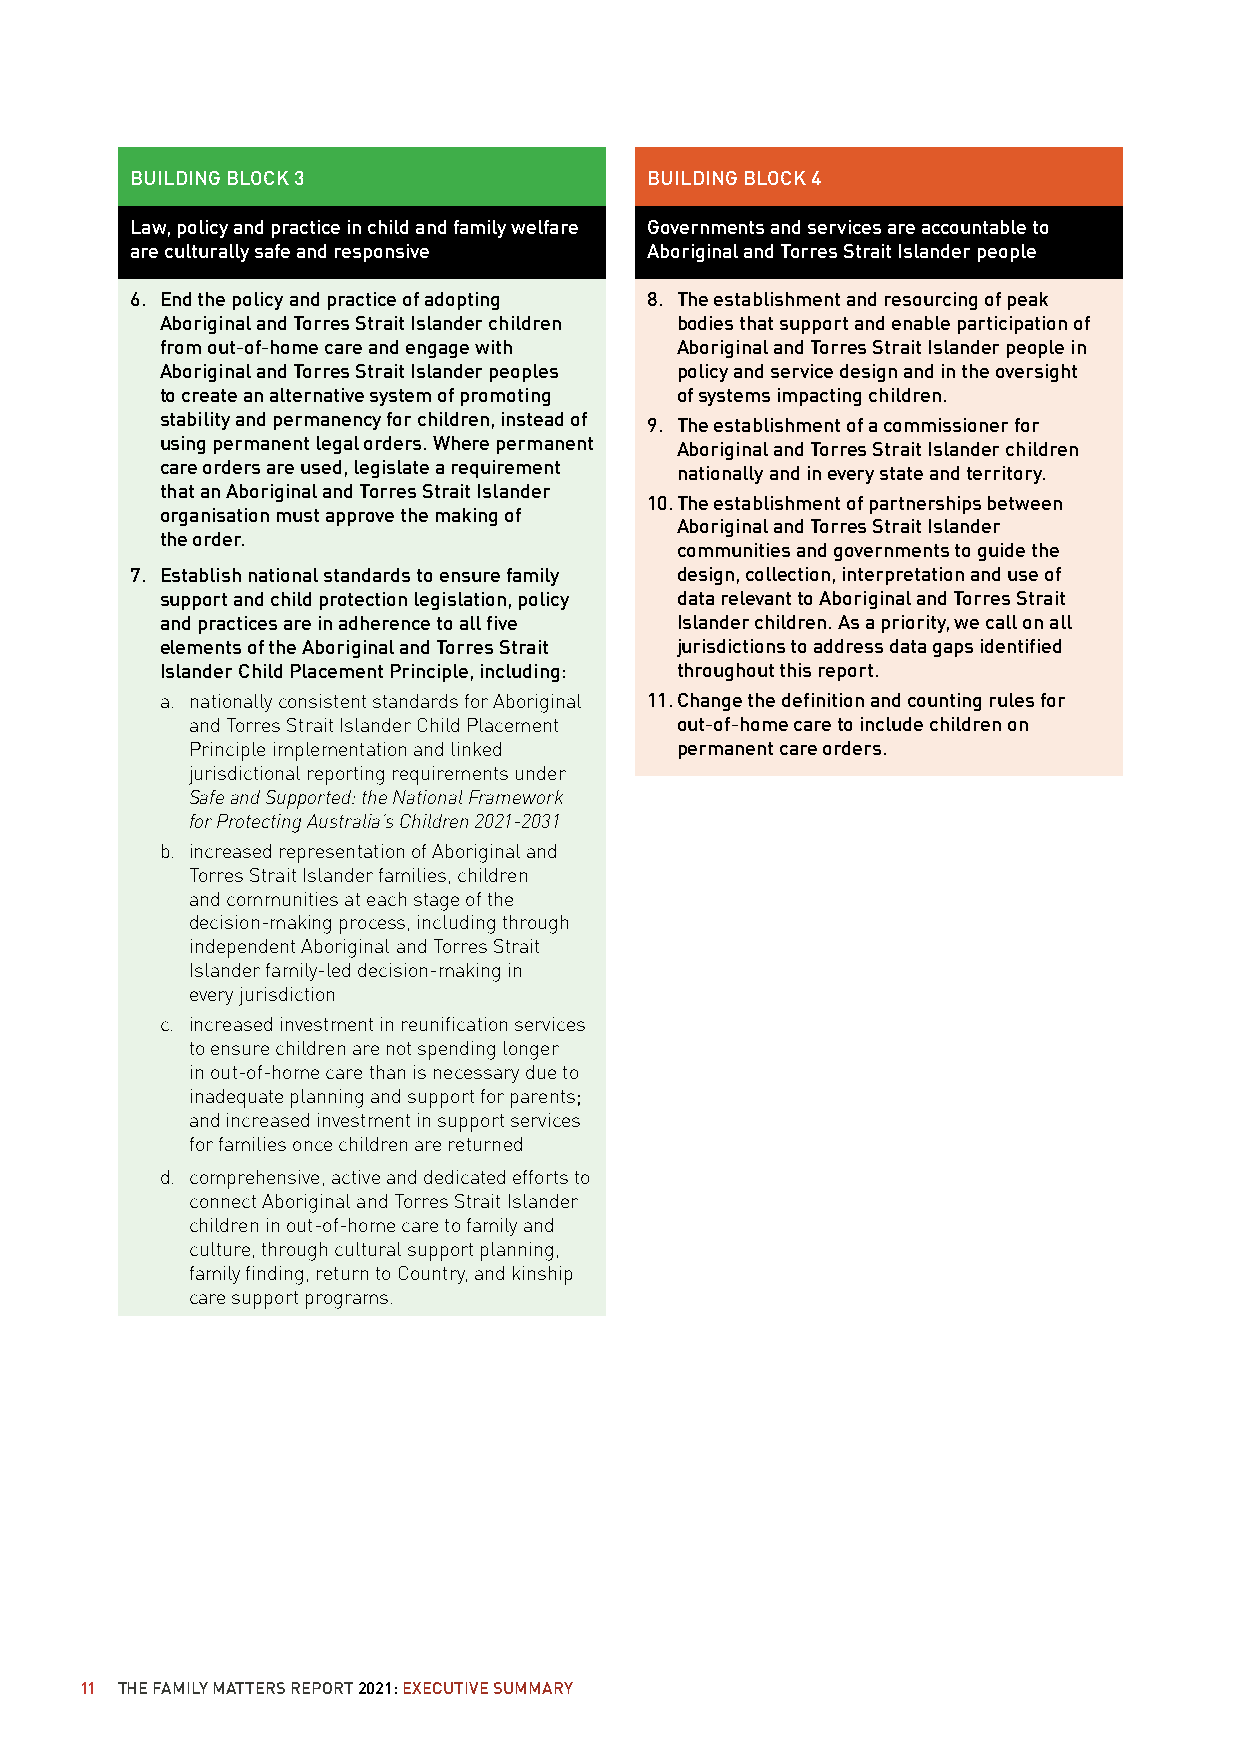
BUILDING BLOCK 3                  BUILDING BLOCK 4
 Law, policy and practice in child and family welfare Governments and services are accountable to
 are culturally safe and responsive Aboriginal and Torres Strait Islander people
 6. End the policy and practice of adopting 8. The establishment and resourcing of peak
 Aboriginal and Torres Strait Islander children bodies that support and enable participation of
 from out-of-home care and engage with Aboriginal and Torres Strait Islander people in
 Aboriginal and Torres Strait Islander peoples policy and service design and in the oversight
 to create an alternative system of promoting of systems impacting children.
 stability and permanency for children, instead of 9. The establishment of a commissioner for
 using permanent legal orders. Where permanent Aboriginal and Torres Strait Islander children
 care orders are used, legislate a requirement nationally and in every state and territory.
 that an Aboriginal and Torres Strait Islander
 10. The establishment of partnerships between
 organisation must approve the making of
 Aboriginal and Torres Strait Islander
 the order.
 communities and governments to guide the
 7. Establish national standards to ensure family design, collection, interpretation and use of
 support and child protection legislation, policy data relevant to Aboriginal and Torres Strait
 and practices are in adherence to all five Islander children. As a priority, we call on all
 elements of the Aboriginal and Torres Strait jurisdictions to address data gaps identified
 Islander Child Placement Principle, including: throughout this report.
 a. nationally consistent standards for Aboriginal 11. Change the definition and counting rules for
 and Torres Strait Islander Child Placement out-of-home care to include children on
 Principle implementation and linked permanent care orders.
 jurisdictional reporting requirements under
 Safe and Supported: the National Framework
 for Protecting Australia’s Children 2021-2031
 b. increased representation of Aboriginal and
 Torres Strait Islander families, children
 and communities at each stage of the
 decision-making process, including through
 independent Aboriginal and Torres Strait
 Islander family-led decision-making in
 every jurisdiction
 c. increased investment in reunification services
 to ensure children are not spending longer
 in out-of-home care than is necessary due to
 inadequate planning and support for parents;
 and increased investment in support services
 for families once children are returned
 d. comprehensive, active and dedicated efforts to
 connect Aboriginal and Torres Strait Islander
 children in out-of-home care to family and
 culture, through cultural support planning,
 family finding, return to Country, and kinship
 care support programs.
 11 THE FAMILY MATTERS REPORT 2021: EXECUTIVE SUMMARY